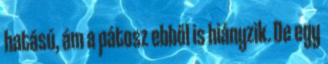
hatású, ám a pátosz ebből is hiányzik. De egy